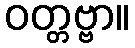
ဝတ္တဗ္ဗာ။